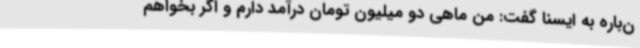
ن‌باره به ایسنا گفت: من ماهی دو میلیون تومان درآمد دارم و اگر بخواهم